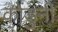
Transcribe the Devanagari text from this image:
कोंडुनी